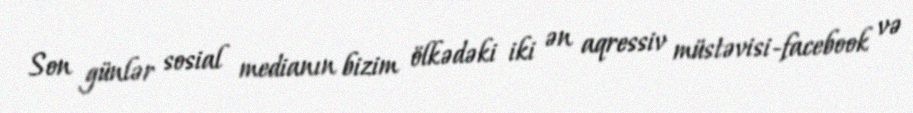
Son günlər sosial medianın bizim ölkədəki iki ən aqressiv müstəvisi-facebook və